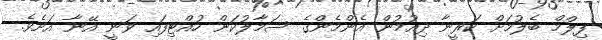
ފިލްމް ބެލުމަށް ކަރީނާ ދިއުމުން އެންމެންގެ ސަމާލުކަން ހުއްޓިފައި ވަނީ އޭނާ އަށެވެ.